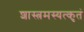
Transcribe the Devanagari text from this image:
शास्त्रमस्यत्कृतं